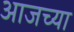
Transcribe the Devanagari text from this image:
अाजच्या